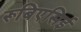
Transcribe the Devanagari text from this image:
रूबिएसिई